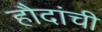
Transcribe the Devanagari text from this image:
हौदांची